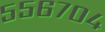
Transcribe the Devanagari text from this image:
५५६७०४